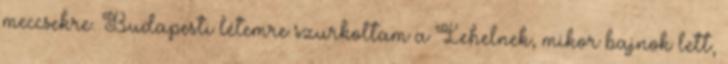
meccsekre. Budapesti létemre szurkoltam a Lehelnek, mikor bajnok lett,